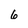
Character: 6